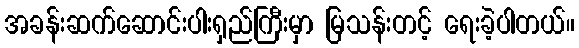
အခန်းဆက်ဆောင်းပါးရှည်ကြီးမှာ မြသန်းတင့် ရေးခဲ့ပါတယ်။